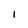
Character: i